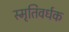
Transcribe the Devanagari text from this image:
स्मृतिवर्धक